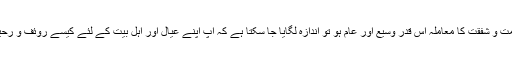
جب آپ ؐ کی رحمت و شفقت کا معاملہ اس قدر وسیع اور عام ہو تو اندازہ لگایا جا سکتا ہے کہ آپؐ اپنے عیال اور اہل بیت کے لئے کیسے روئف و رحیم رہے ہوں گے۔